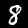
Label: 8